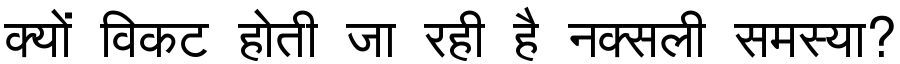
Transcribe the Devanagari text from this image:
क्यों विकट होती जा रही है नक्सली समस्या?